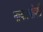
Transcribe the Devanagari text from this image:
नाकायोशी